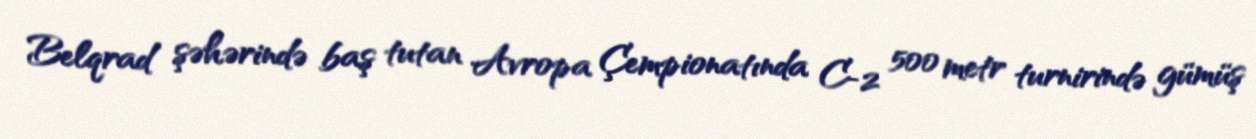
Belqrad şəhərində baş tutan Avropa Çempionatında C-2 500 metr turnirində gümüş